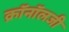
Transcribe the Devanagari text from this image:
क्रॉनॉलजी